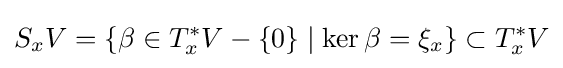
S_{x}V=\{\beta \in T_{x}^{*}V-\{0\}\mid \ker \beta =\xi _{x}\}\subset T_{x}^{*}V